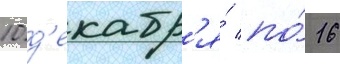
10 д'екабр'я́ по́ 16